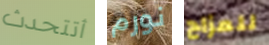
أتتحدث نورم للمزاح